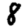
Digit: 8